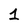
Character: 1